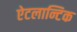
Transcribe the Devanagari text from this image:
ऐटलान्टिक